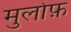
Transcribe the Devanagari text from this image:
मुलोफ़